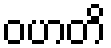
ဝဟတိ